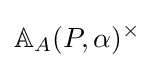
\mathbb {A} _{A}(P,\alpha )^{\times }